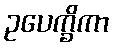
ဥပေက္ခိကာ